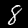
Digit: 8